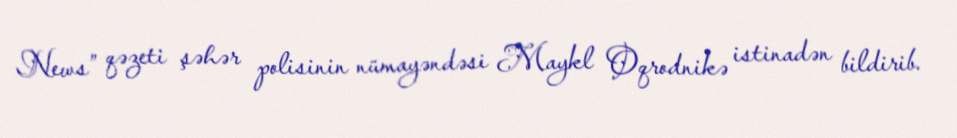
News” qəzeti şəhər polisinin nümayəndəsi Maykl Oqrodnikə istinadən bildirib.